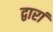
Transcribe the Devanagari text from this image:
द्वारां